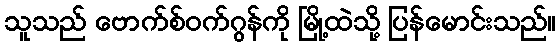
သူသည် ဗောက်စ်ဝက်ဂွန်ကို မြို့ထဲသို့ ပြန်မောင်းသည်။